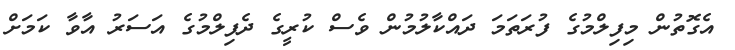
އެގޮތުން މިފިލްމުގެ ފުރަތަމަ ދައްކާލުމުން ވެސް ކުރީގެ ދެފިލްމުގެ އަސަރު އާވާ ކަމަށް